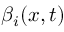
\beta _ { i } ( x , t )